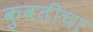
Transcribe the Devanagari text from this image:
कुवतीचा